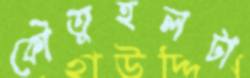
কৌতূহলটা